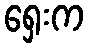
ရှေးက